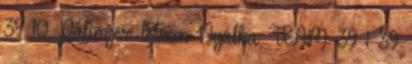
39 10 Pálinger István Nyálka TEAM 39 1 39